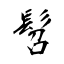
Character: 髫